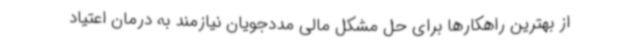
از بهترین راهکارها برای حل مشکل مالی مددجویان نیازمند به درمان اعتیاد